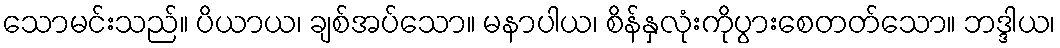
သောမင်းသည်။ ပိယာယ၊ ချစ်အပ်သော။ မနာပါယ၊ စိန်နှလုံးကိုပွားစေတတ်သော။ ဘဒ္ဒါယ၊